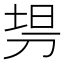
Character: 𰄳